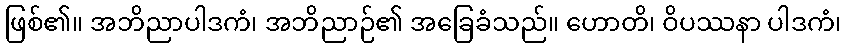
ဖြစ်၏။ အဘိညာပါဒကံ၊ အဘိညာဉ်၏ အခြေခံသည်။ ဟောတိ၊ ဝိပဿနာ ပါဒကံ၊